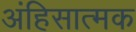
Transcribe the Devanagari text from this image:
अंहिसात्मक